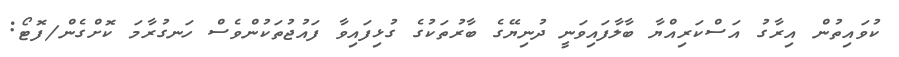
ކުވައިތުން އިރާގު އަސްކަރިއްޔާ ބާލާފައިވަނީ ދުނިޔޭގެ ބާރުތަކުގެ ގުޅިފައިވާ ފައުޖުތަކުންވެސް ހަނގުރާމަ ކޮށްގެން/ފޮޓޯ: